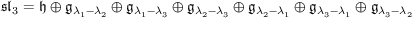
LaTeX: { \mathfrak { s l } } _ { 3 } = { \mathfrak { h } } \oplus { \mathfrak { g } } _ { \lambda _ { 1 } - \lambda _ { 2 } } \oplus { \mathfrak { g } } _ { \lambda _ { 1 } - \lambda _ { 3 } } \oplus { \mathfrak { g } } _ { \lambda _ { 2 } - \lambda _ { 3 } } \oplus { \mathfrak { g } } _ { \lambda _ { 2 } - \lambda _ { 1 } } \oplus { \mathfrak { g } } _ { \lambda _ { 3 } - \lambda _ { 1 } } \oplus { \mathfrak { g } } _ { \lambda _ { 3 } - \lambda _ { 2 } }